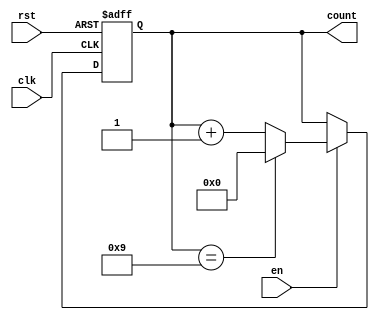
module bcd_up_counter_with_enable (
    input wire clk,
    input wire rst,
    input wire en,
    
    output reg [3:0] count
);

always @(posedge clk or posedge rst) begin
    if (rst) begin
        count <= 4'b0000;
    end else begin
        if (en) begin
            if (count == 4'b1001) begin
                count <= 4'b0000;
            end else begin
                count <= count + 1;
            end
        end
    end
end

endmodule